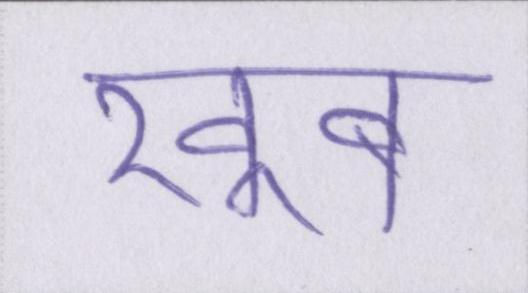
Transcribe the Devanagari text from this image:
खूब